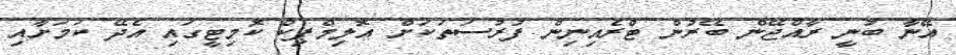
އޭނާ ބުނީ ރާއްޖޭން ބޭރުން ޓްރެއިނިން ފުރުސަތަކަށް އޮލިމްޕިކް ކޮމިޓީގައި އެދޭ ކަމަށާއި